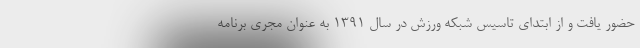
حضور یافت و از ابتدای تاسیس شبکه ورزش در سال 1391 به عنوان مجری برنامه